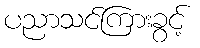
ပညာသင်ကြားခွင့်